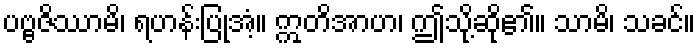
ပဗ္ဗဇိဿာမိ၊ ရဟန်းပြုအံ့။ ဣတိအာဟ၊ ဤသို့ဆို၏။ သာမိ၊ သခင်။